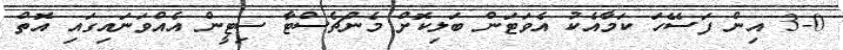
3-0 އިން ފަަސޭހަ ކަމާއެކު އެވަޓަން ބަލިކޮށް މެންޗެސްޓާ ސިޓީން އެއްވަނައިގައި އޮތް